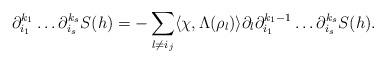
LaTeX: \begin{align*}\partial_{i_1}^{k_1}\ldots \partial_{i_s}^{k_s} S(h) = -\sum_{l\ne i_j}\langle\chi, \Lambda(\rho_{l})\rangle\partial_l\partial_{i_1}^{k_1-1}\ldots \partial_{i_s}^{k_s} S(h). \end{align*}